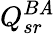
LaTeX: Q_{sr}^{B\mathit{A}}